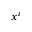
x ^ { i }